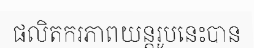
ផលិតករភាពយន្តរូបនេះបាន